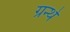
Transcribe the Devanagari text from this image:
ग्रन्थे